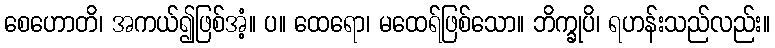
စေဟောတိ၊ အကယ်၍ဖြစ်အံ့။ ပ။ ထေရော၊ မထေရ်ဖြစ်သော။ ဘိက္ခုပိ၊ ရဟန်းသည်လည်း။